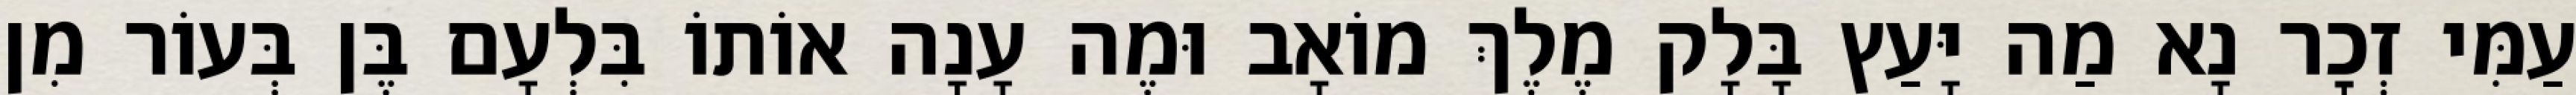
עַמִּי זְכׇר נָא מַה יָּעַץ בָּלָק מֶלֶךְ מוֹאָב וּמֶה עָנָה אוֹתוֹ בִּלְעָם בֶּן בְּעוֹר מִן